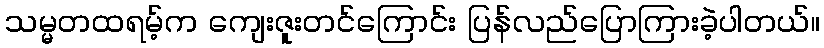
သမ္မတထရမ့်က ကျေးဇူးတင်ကြောင်း ပြန်လည်ပြောကြားခဲ့ပါတယ်။